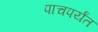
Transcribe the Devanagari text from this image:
पाचपर्यंत